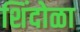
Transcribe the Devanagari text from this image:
शिंदोळा